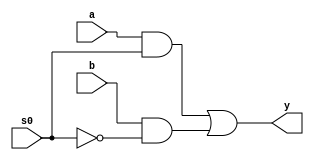
module mux_2x1 (a,b,s0,y);
  input a,b,s0;
  output y;
  // y = a*s0+b*s0;
//mux2:1
wire s0n, y1, y2;

not (s0n, s0);
and (y1, a, s0);
  and (y2, b, s0n);
or (y, y1, y2);

endmodule